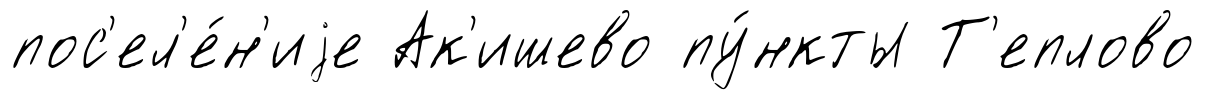
пос'ел'е́н'иjе Ак'ишево пу́нкты Т'еплово